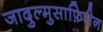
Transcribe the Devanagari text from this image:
जादुल्मुसाफ़िरीन